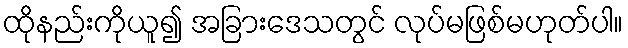
ထိုနည်းကိုယူ၍ အခြားဒေသတွင် လုပ်မဖြစ်မဟုတ်ပါ။